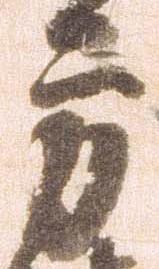
方